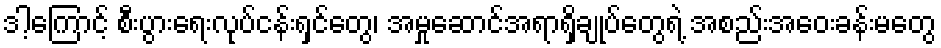
ဒါ့ကြောင့် စီးပွားရေးလုပ်ငန်းရှင်တွေ၊ အမှုဆောင်အရာရှိချုပ်တွေရဲ့ အစည်းအဝေးခန်းမတွေ